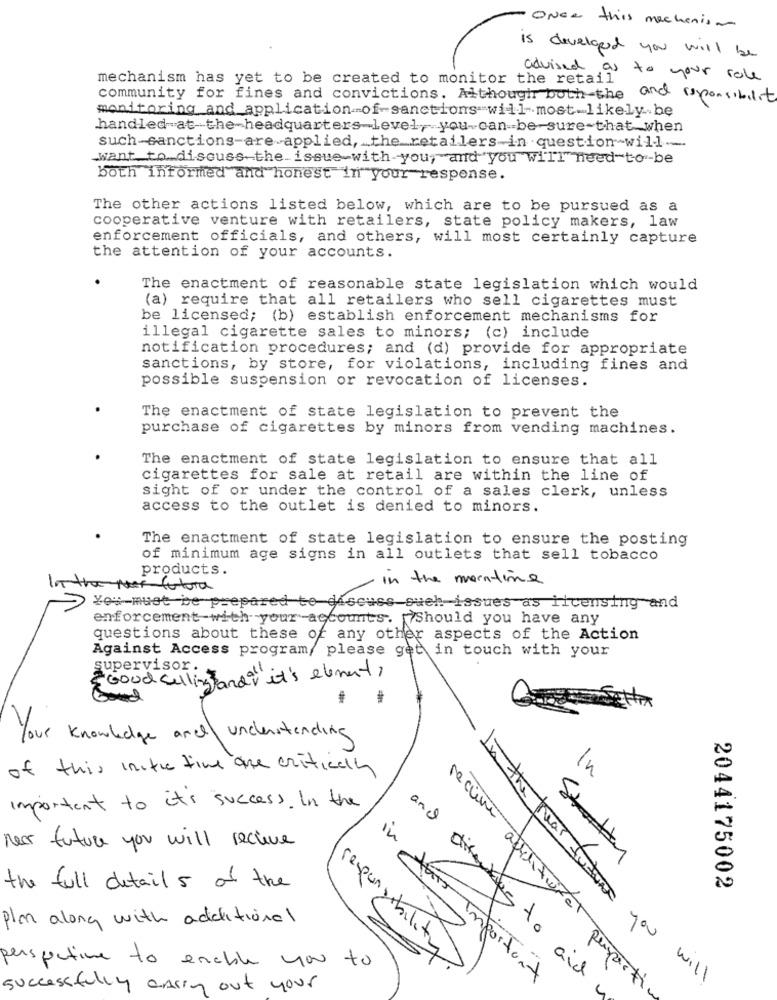
Once this mechanism
is developed you will be
mechanism has yet to be created to monitor the retail
advised as to your role
community for fines and convictions. Although both-the and responsibility
monitoring and application-of- sanctions will most likely.be
handled at-the-headquarters-level, you can be-sure-that when
such-sanctions-are applied, _ the_retailers in question-will ---
want to discuss the issue-with you, and you will need-to-be
both informed and honest in your response.
The other actions listed below, which are to be pursued as a
cooperative venture with retailers, state policy makers, law
enforcement officials, and others, will most certainly capture
the attention of your accounts.
The enactment of reasonable state legislation which would
(a) require that all retailers who sell cigarettes must
be licensed; (b) establish enforcement mechanisms for
illegal cigarette sales to minors; (c) include
notification procedures; and (d) provide for appropriate
sanctions, by store, for violations, including fines and
possible suspension or revocation of licenses.
The enactment of state legislation to prevent the
purchase of cigarettes by minors from vending machines.
The enactment of state legislation to ensure that all
cigarettes for sale at retail are within the line of
sight of or under the control of a sales clerk, unless
access to the outlet is denied to minors.
The enactment of state legislation to ensure the posting
of minimum age signs in all outlets that sell tobacco
products.
in the maintime
la the future
You must be prepared to discuss such issues as licensing and
enforcement with your -accounts. Should you have any
questions about these of any other aspects of the Action
Against Access program/ please get in touch with your
supervisor.
2 Good selling and it's element,
Your knowledge and understanding
of this initie time ane critically
In
important to it's success. In the
near future you will receive
Statty
the full details of the
2044175002
plan along with additional
recume asiliterat
responsibility
perspective to enable you to
in this important
and directives to aid
In the near future you will
persport
successfully ansing out your